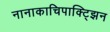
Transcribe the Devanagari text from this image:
नानाकाचिपाक्ट्झिन